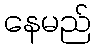
နေမည်